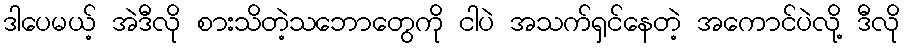
ဒါပေမယ့် အဲဒီလို စားသိတဲ့သဘောတွေကို ငါပဲ အသက်ရှင်နေတဲ့ အကောင်ပဲလို့ ဒီလို